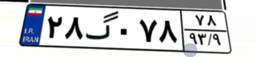
۲۸گ۰۷۸۷۸